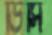
ডিসি